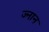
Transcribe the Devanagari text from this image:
ज्नान